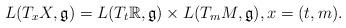
LaTeX: \begin{align*}L(T_xX,\mathfrak{g}) = L(T_t\mathbb{R},\mathfrak{g})\times L(T_mM,\mathfrak{g}),x = (t, m).\end{align*}